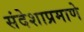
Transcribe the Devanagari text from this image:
संदेशाप्रमाणे